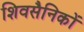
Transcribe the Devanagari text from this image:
शिवसैनिकों